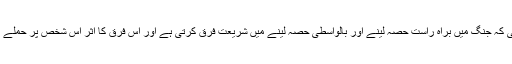
تاہم یہاں وہ بات یاد رکھنی ہوگی کہ جنگ میں براہِ راست حصہ لینے اور بالواسطی حصہ لینے میں شریعت فرق کرتی ہے اور اس فرق کا اثر اس شخص پر حملے کے جواز پر بھی پڑ سکتا ہے ۔